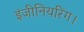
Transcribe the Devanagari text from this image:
इंजीनियरिंग।